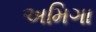
અમિગા